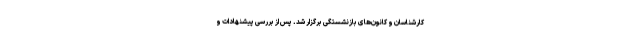
کارشناسان و کانون‌های بازنشستگی برگزار شد. پس از بررسی پیشنهادات و